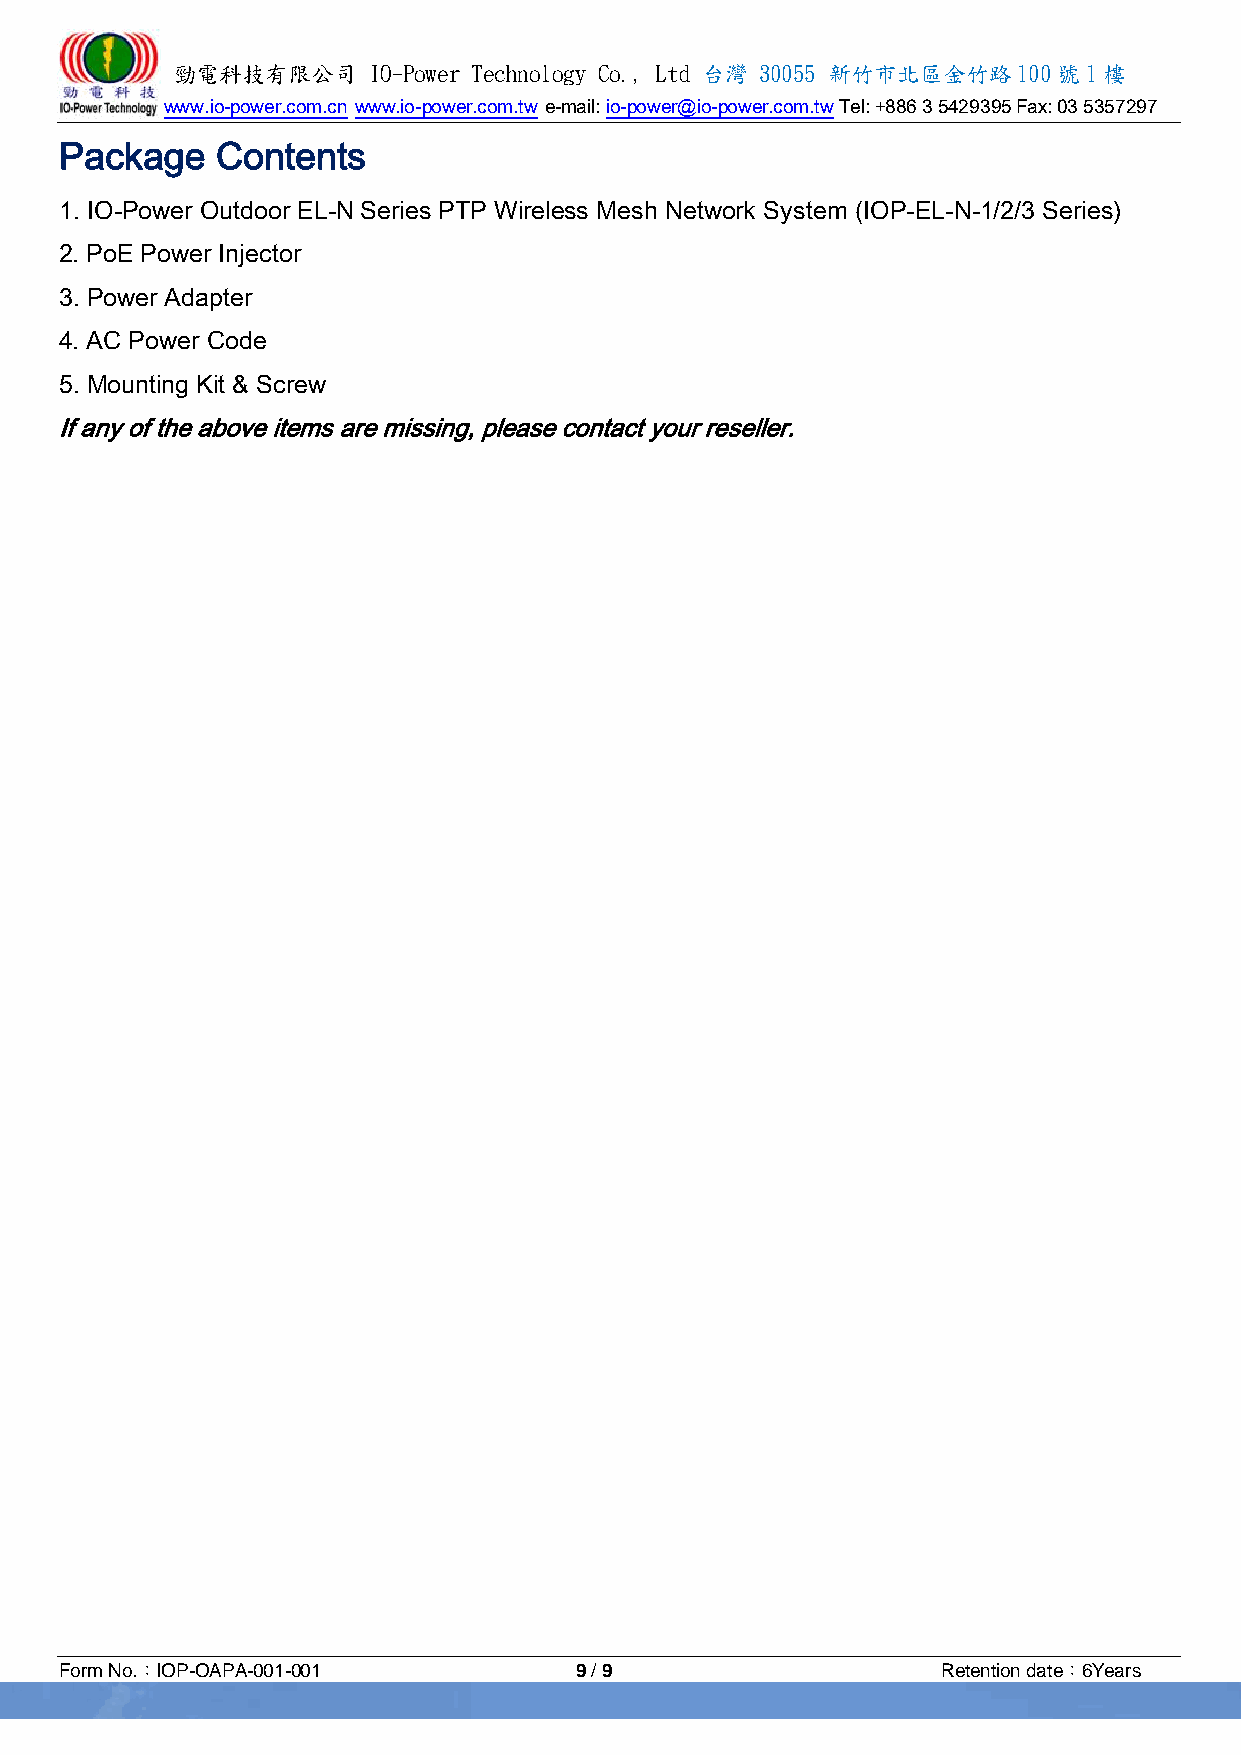
勁電科技有限公司    IO-Power Technology Co., Ltd 台灣 30055 新竹市北區金竹路100號1樓
 www.io-power.com.cn www.io-power.com.tw e-mail: io-power@io-power.com.tw Tel: +886 3 5429395 Fax: 03 5357297
 Package   Contents
 1. IO-Power Outdoor EL-N Series PTP Wireless Mesh Network System (IOP-EL-N-1/2/3 Series)
 2. PoE Power Injector
 3. Power Adapter
 4. AC Power Code
 5. Mounting Kit & Screw
 If any of the above items are missing, please contact your reseller.
 Form No.：IOP-OAPA-001-001         9 / 9                   Retention date：6Years